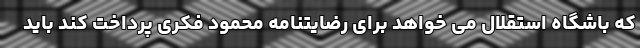
که باشگاه استقلال می خواهد برای رضایتنامه محمود فکری پرداخت کند باید